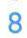
8